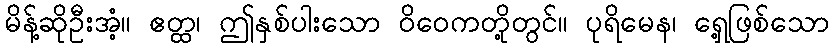
မိန့်ဆိုဦးအံ့။ ဧတ္ထ၊ ဤနှစ်ပါးသော ဝိဝေကတို့တွင်။ ပုရိမေန၊ ရှေ့ဖြစ်သော